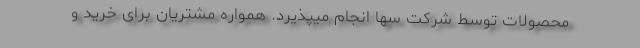
محصولات توسط شرکت سُها انجام میپذیرد. همواره مشتریان برای خرید و